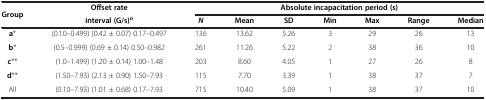
| Group | Offset rate | <COLSPAN=7> Absolute incapacitation period (s) |
 |  | interval (G/s)o | N | Mean | SD | Min | Max | Range | Median |
 | --- | --- | --- | --- | --- | --- | --- | --- | --- |
 | a* | (0.10–0.499) (0.42 ± 0.07) 0.17–0.497 | 136 | 13.62 | 5.26 | 3 | 29 | 26 | 13 |
 | b* | (0.5–0.999) (0.69 ± 0.14) 0.50–0.982 | 261 | 11.26 | 5.22 | 2 | 38 | 36 | 10 |
 | c** | (1.0–1.499) (1.20 ± 0.14) 1.00–1.48 | 203 | 8.60 | 4.05 | 1 | 27 | 26 | 8 |
 | d** | (1.50–7.93) (2.13 ± 0.90) 1.50–7.93 | 115 | 7.70 | 3.39 | 1 | 38 | 37 | 7 |
 | All | (0.10–7.93) (1.01 ± 0.68) 0.17–7.93 | 715 | 10.40 | 5.09 | 1 | 38 | 37 | 10 |